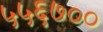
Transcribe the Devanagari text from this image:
५५६७००